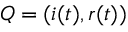
Q = ( i ( t ) , r ( t ) )